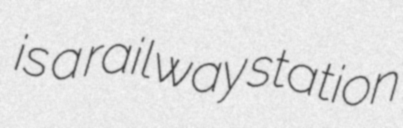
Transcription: is a railway station